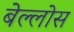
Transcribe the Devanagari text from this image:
बेल्लोस